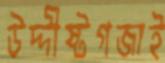
উদ্দীষ্টগজাই